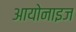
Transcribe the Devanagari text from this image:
आयोनाइज